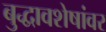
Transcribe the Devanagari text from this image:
बुद्धावशेषांवर